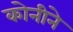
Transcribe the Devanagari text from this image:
कोनीने